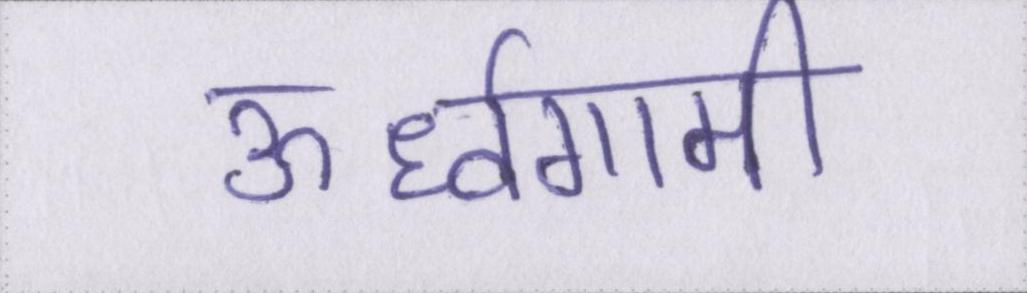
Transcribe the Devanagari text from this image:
ऊर्ध्वगामी